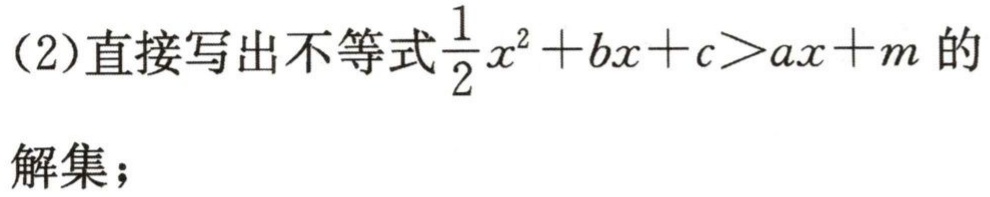
(2)直接写出不等式$\frac{1}{2}x^{2}+bx + c>ax + m$的
解集；